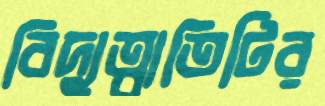
বিদ্যুত্বাতিটির